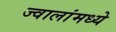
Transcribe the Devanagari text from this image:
ज्वालांमध्ये